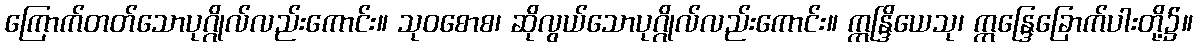
ကြောက်တတ်သောပုဂ္ဂိုလ်လည်းကောင်း။ သုဝစောစ၊ ဆိုလွယ်သောပုဂ္ဂိုလ်လည်းကောင်း။ ဣန္ဒြိယေသု၊ ဣန္ဒြေခြောက်ပါးတို့၌။